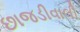
છાજડીવાલી